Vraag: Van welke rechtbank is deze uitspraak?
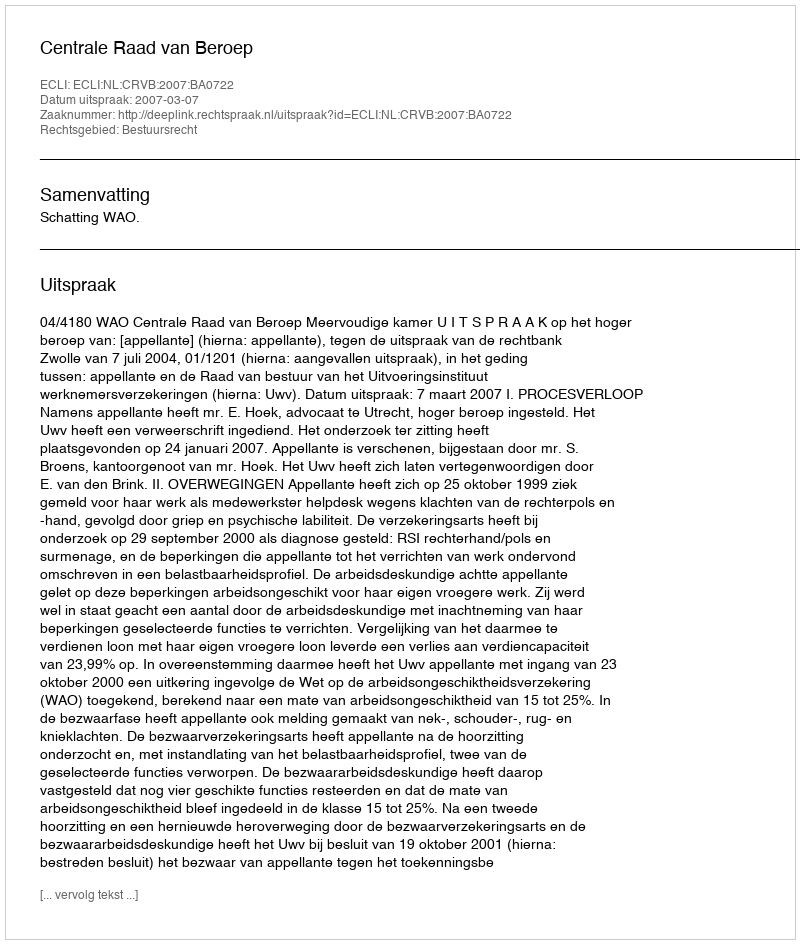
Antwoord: Centrale Raad van Beroep